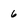
Character: 6